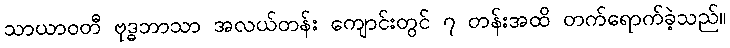
သာယာဝတီ ဗုဒ္ဓဘာသာ အလယ်တန်း ကျောင်းတွင် ၇ တန်းအထိ တက်ရောက်ခဲ့သည်။